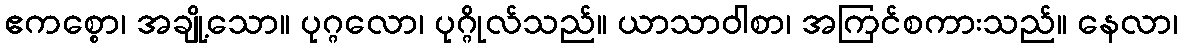
ဧကစ္စော၊ အချို့သော။ ပုဂ္ဂလော၊ ပုဂ္ဂိုလ်သည်။ ယာသာဝါစာ၊ အကြင်စကားသည်။ နေလာ၊